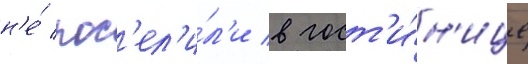
н'е́ пос'ел'и́л'и в гост'и́н'ице